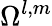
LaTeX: \Omega^{l,m}